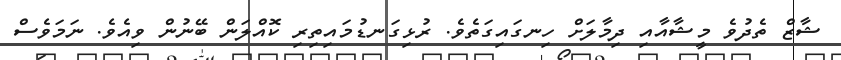
ޝާޒް ތެދުވެ މީޝާއާއި ދިމާލަށް ހިނގައިގަތެވެ. ރުޅިގަނޑުމައިތިރި ކޮއްލަން ބޭނުން ވިއެވެ. ނަމަވެސް